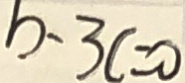
b - 3 c = 0